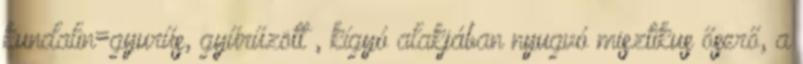
kundalin=gyurűs, gyűrűzött , kígyó alakjában nyugvó misztikus őserő, a